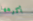
أكرهها